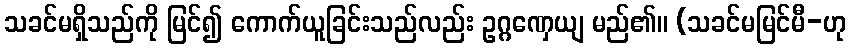
သခင်မရှိသည်ကို မြင်၍ ကောက်ယူခြင်းသည်လည်း ဥဂ္ဂဏှေယျ မည်၏။ (သခင်မမြင်မီ-ဟု